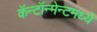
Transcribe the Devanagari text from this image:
कॅन्टॉन्मेन्टमध्ये